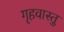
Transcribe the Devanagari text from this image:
गृहवास्तु